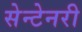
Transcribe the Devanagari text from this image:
सेन्टेनरी